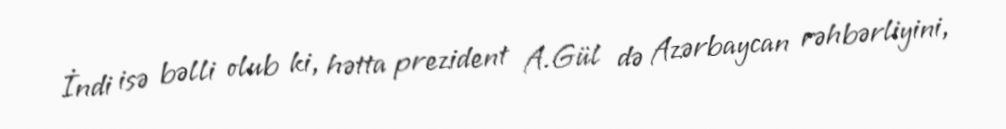
İndi isə bəlli olub ki, hətta prezident A.Gül də Azərbaycan rəhbərliyini,